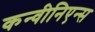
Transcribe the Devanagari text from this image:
कन्वीनिएन्स